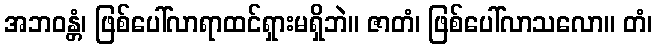
အဘဝန္တံ၊ ဖြစ်ပေါ်လာရာထင်ရှားမရှိဘဲ။ ဇာတံ၊ ဖြစ်ပေါ်လာသလော။ တံ၊